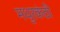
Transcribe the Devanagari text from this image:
मधुरकंठी